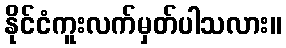
နိုင်ငံကူးလက်မှတ်ပါသလား။